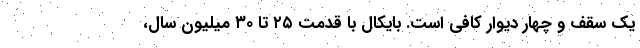
یک سقف و چهار دیوار کافی است. بایکال با قدمت ۲۵ تا ۳۰ میلیون سال،